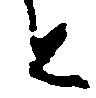
と